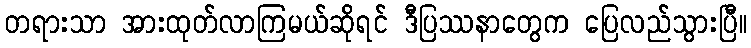
တရားသာ အားထုတ်လာကြမယ်ဆိုရင် ဒီပြဿနာတွေက ပြေလည်သွားပြီ။